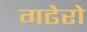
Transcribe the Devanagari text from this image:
गढेरो